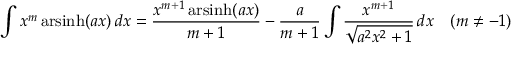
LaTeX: \int x ^ { m } \operatorname { a r s i n h } ( a x ) \, d x = { \frac { x ^ { m + 1 } \operatorname { a r s i n h } ( a x ) } { m + 1 } } - { \frac { a } { m + 1 } } \int { \frac { x ^ { m + 1 } } { \sqrt { a ^ { 2 } x ^ { 2 } + 1 } } } \, d x \quad ( m \neq - 1 )